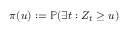
\pi ( u ) : = \mathbb { P } ( \exists t : Z _ { t } \geq u )